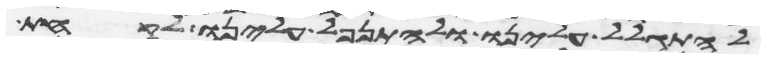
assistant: להתגלל עלינו ולהתנפל עלינו לקחת